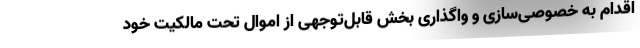
اقدام به خصوصی‌سازی و واگذاری بخش قابل‌توجهی از اموال تحت مالکیت خود